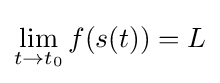
\lim _{t\to t_{0}}f(s(t))=L